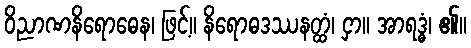
ဝိညာဏနိရောဓေန၊ ဖြင့်။ နိရောဓဒဿနတ္ထံ၊ ငှာ။ အာရဒ္ဓံ၊ ၏။